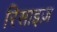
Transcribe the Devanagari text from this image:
रिसाइज़